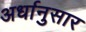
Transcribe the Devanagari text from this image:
अर्धानुसार